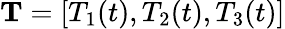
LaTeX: \mathbf{T}=[T_{1}(t),T_{2}(t),T_{3}(t)]